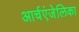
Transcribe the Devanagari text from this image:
आर्चएंजेलिका